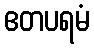
ဧတပရမံ